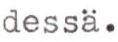
dessä.